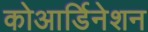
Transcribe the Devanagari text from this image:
कोआर्डिनेशन